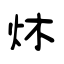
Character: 炑